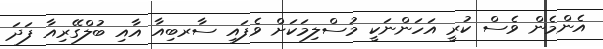
އެންމެން ވެސް ކުރީ އަހަންނަކީ މުސްލިމަކަށް ވެފައި ސާރބިއާ އާއި ބުލްގޭރިއާ ފަދަ